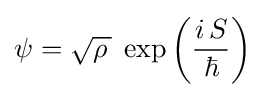
\psi ={\sqrt {\rho \,}}\;\exp \left({\frac {i\,S}{\hbar }}\right)